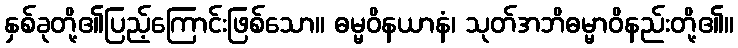
နှစ်ခုတို့၏ပြည့်ကြောင်းဖြစ်သော။ ဓမ္မဝိနယာနံ၊ သုတ်အဘိဓမ္မာဝိနည်းတို့၏။